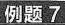
例题7